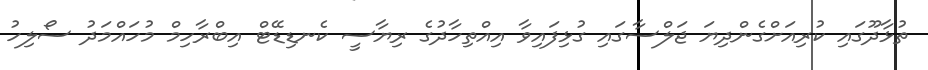
ތުޅާދޫގައި ކުރިއަށްގެންދިޔަ ޖަލްސާގައި ގުޅިފައިވާ އިއްތިހާދުގެ ރިޔާސީ ކެނޑިޑޭޓް އިބްރާހިމް މުހައްމަދު ސޯލިހު